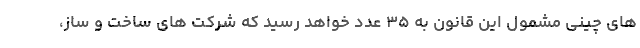
های چینی مشمول این قانون به ۳۵ عدد خواهد رسید که شرکت های ساخت و ساز،